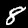
Label: 8